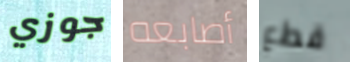
جوزي أصابعه قطع